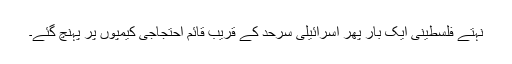
نہتے فلسطینی ایک بار پھر اسرائیلی سرحد کے قریب قائم احتجاجی کیمپوں پر پہنچ گئے۔